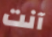
آنت